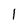
Character: l